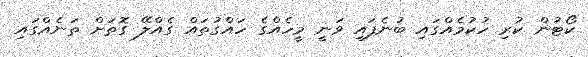
ކޯޓުން ކުރި ހުކުމެއްގައި ބުނެފައި ވަނީ މީހެއްގެ ހައްގުތައް ގެއްލޭ ގޮތަށް ތަނެއްގައި